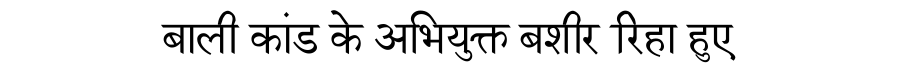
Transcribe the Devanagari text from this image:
बाली कांड के अभियुक्त बशीर रिहा हुए